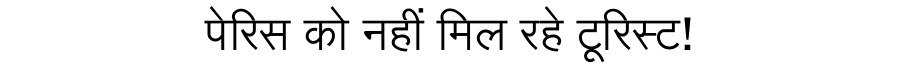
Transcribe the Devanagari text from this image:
पेरिस को नहीं मिल रहे टूरिस्ट!